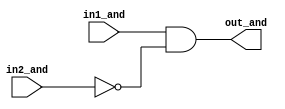
module AND2 (
    input wire in1_and, in2_and,
    output wire out_and
);
    assign out_and = in1_and & !(in2_and);    
endmodule